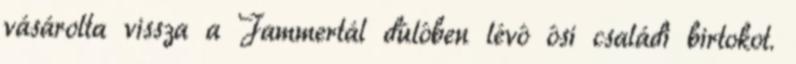
vásárolta vissza a Jammertál dûlôben lévô ôsi családi birtokot.